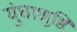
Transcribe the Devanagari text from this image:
युंधाश्रुष्ठि